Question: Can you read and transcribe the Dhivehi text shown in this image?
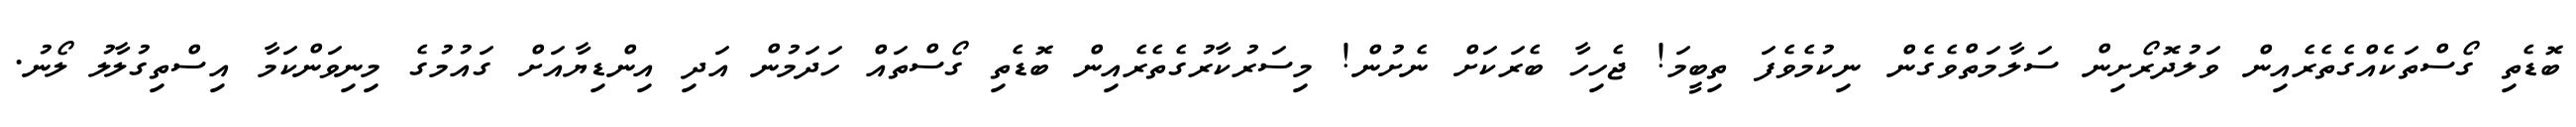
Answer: ބޮޑެތި ގޯސްތަކެއްގެތެރެއިން ވަލުދޮރޯށިން ސަލާމަތްވެގެން ނިކުމެވެފަ ތިބީމަ! ޖެހިހާ ބެރަކަށް ނެށުން! މިސަރުކާރުގެތެރެއިން ބޮޑެތި ގޯސްތައް ހަދަމުން އަދި އިންޑިޔާއަށް ގައުމުގެ މިނިވަންކަމާ އިސްތިގުލާލު ލޯނު.